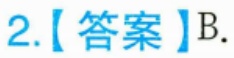
2.【答案】B.